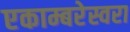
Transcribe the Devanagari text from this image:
एकाम्बरेस्वरा